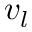
v _ { l }